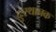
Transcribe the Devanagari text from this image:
दुःस्थानक